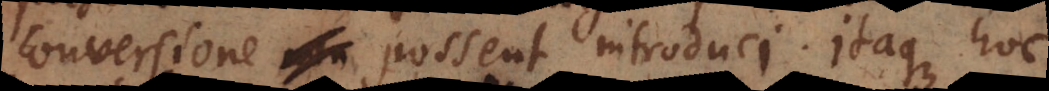
conversione possent introduci. Itaque hoc